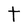
Character: t